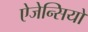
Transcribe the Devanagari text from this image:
ऐजेन्सियों